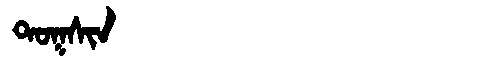
Manchu: ᡨᠣᡴᠰᡳᠨ
Romanization: TOKSIN